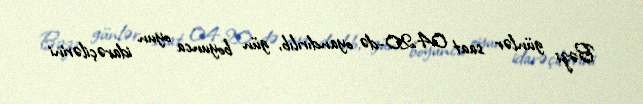
Bəzi günlər saat 04.20-də oyandırılıb, gün boyunca oyun idarəçilərini